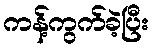
ကန့်ကွက်ခဲ့ပြီး